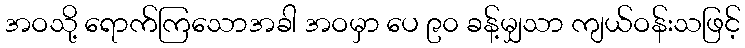
အဝသို့ ရောက်ကြသောအခါ အဝမှာ ပေ ၉၀ ခန့်မျှသာ ကျယ်ဝန်းသဖြင့်